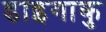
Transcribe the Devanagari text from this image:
डाइगाकु